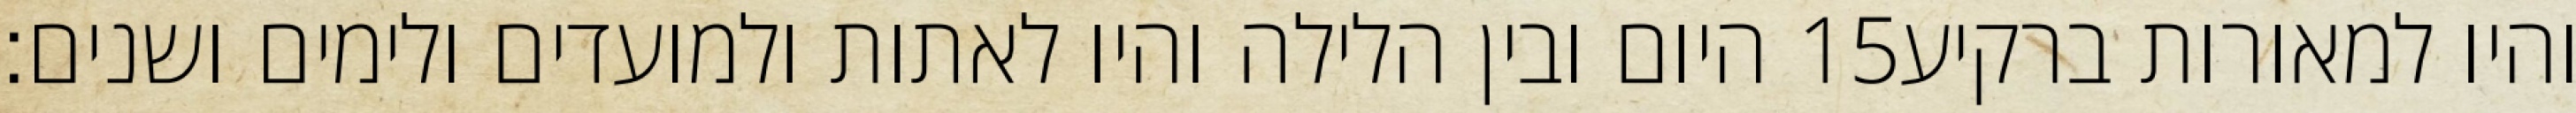
היום ובין הלילה והיו לאתות ולמועדים ולימים ושנים׃ ‎15‏ והיו למאורות ברקיע